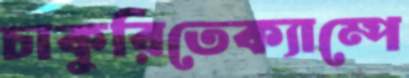
চাকুরিতেক্যাম্পে